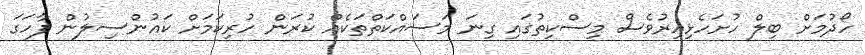
ހޯދުމަށް ބިލް ހުށަހެޅިއިރުވެސް މިސްކިތުގައި ގިނަ މަސައްކަތްތަކެއް ކުރަން ހުރިކަމަށް ކައުންސިލުން ފާހަގަ